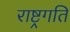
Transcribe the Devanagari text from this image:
राष्ट्रगति